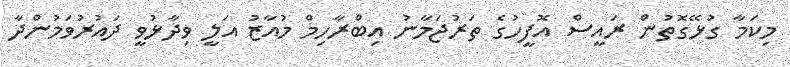
މިކަމާ ގުޅޭގޮތުން ރައީސް އޮފީހުގެ ތަރުޖަމާނު އިބްރާހިމް މުއާޒު އަލީ ވިދާޅުވީ ދައުރުވަމުންދާ